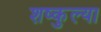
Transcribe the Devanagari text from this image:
शष्कुल्या